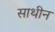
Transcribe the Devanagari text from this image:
साथीन